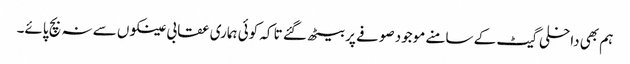
ہم بھی داخلی گیٹ کے سامنے موجود صوفے پر بیٹھ گئے تا کہ کوئی ہماری عقابی عینکوں سے نہ بچ پائے۔